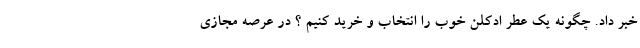
خبر داد. چگونه یک عطر ادکلن خوب را انتخاب و خرید کنیم ؟ در عرصه مجازی